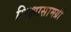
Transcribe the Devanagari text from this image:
शिक्षासामग्री